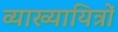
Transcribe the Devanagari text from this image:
व्याख्यायित्रों